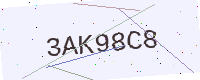
Text: 3AK98C8